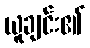
ယူချင်း၏